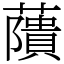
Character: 藬